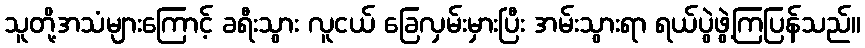
သူတို့အသံများကြောင့် ခရီးသွား လူငယ် ခြေလှမ်းမှားပြီး အမ်းသွားရာ ရယ်ပွဲဖွဲ့ကြပြန်သည်။